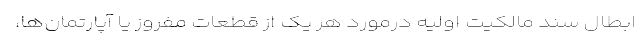
ابطال سند مالکیت اولیه درمورد هر یک از قطعات مفروز یا آپارتمان‌ها،